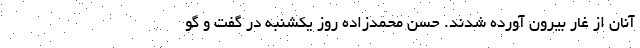
آنان از غار بیرون آورده شدند. حسن محمدزاده روز یکشنبه در گفت و گو